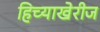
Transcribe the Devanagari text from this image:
हिच्याखेरीज